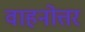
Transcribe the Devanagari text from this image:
वाहनोत्तर